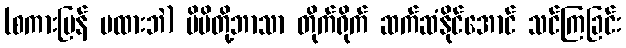
(စကားပြန် မထားဘဲ) မိမိတို့ဘာသာ တိုက်ရိုက် ဆက်ဆံနိုင်အောင် သင်ကြခြင်း